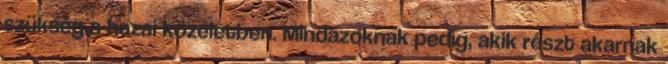
szükség a hazai közéletben. Mindazoknak pedig, akik részt akarnak